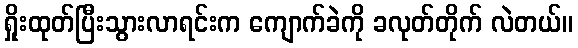
ရှိုးထုတ်ပြီးသွားလာရင်းက ကျောက်ခဲကို ခလုတ်တိုက် လဲတယ်။